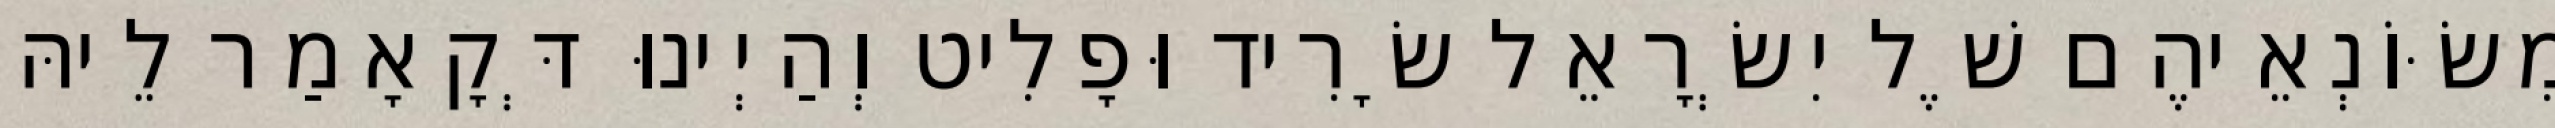
מִשּׂוֹנְאֵיהֶם שֶׁל יִשְׂרָאֵל שָׂרִיד וּפָלִיט וְהַיְינוּ דְּקָאָמַר לֵיהּ